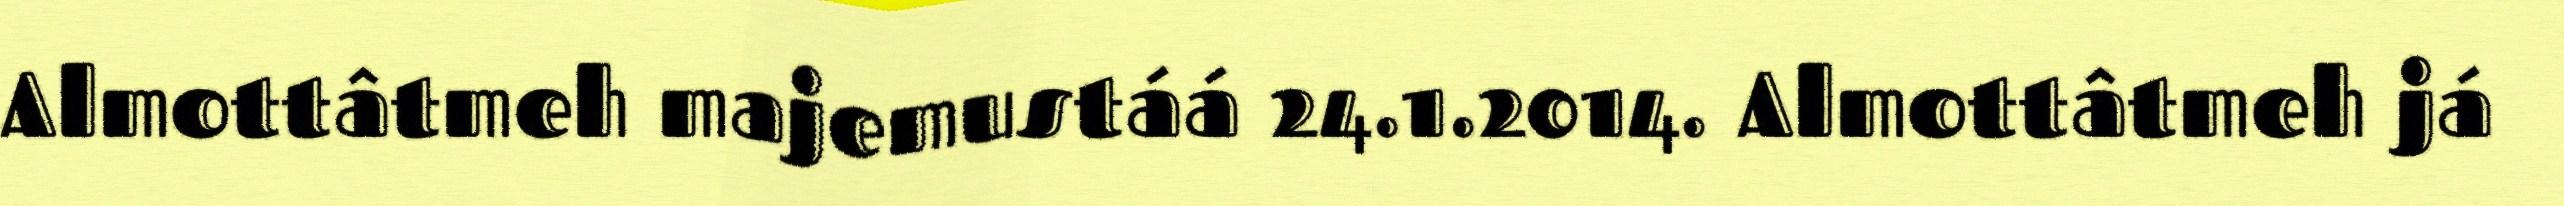
Almottâtmeh majemustáá 24.1.2014. Almottâtmeh já